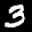
Label: 3